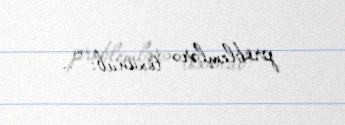
problemlərə toxunub: “..